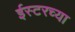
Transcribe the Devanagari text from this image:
ईस्टरच्या